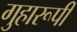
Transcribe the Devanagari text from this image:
गुहारूपी